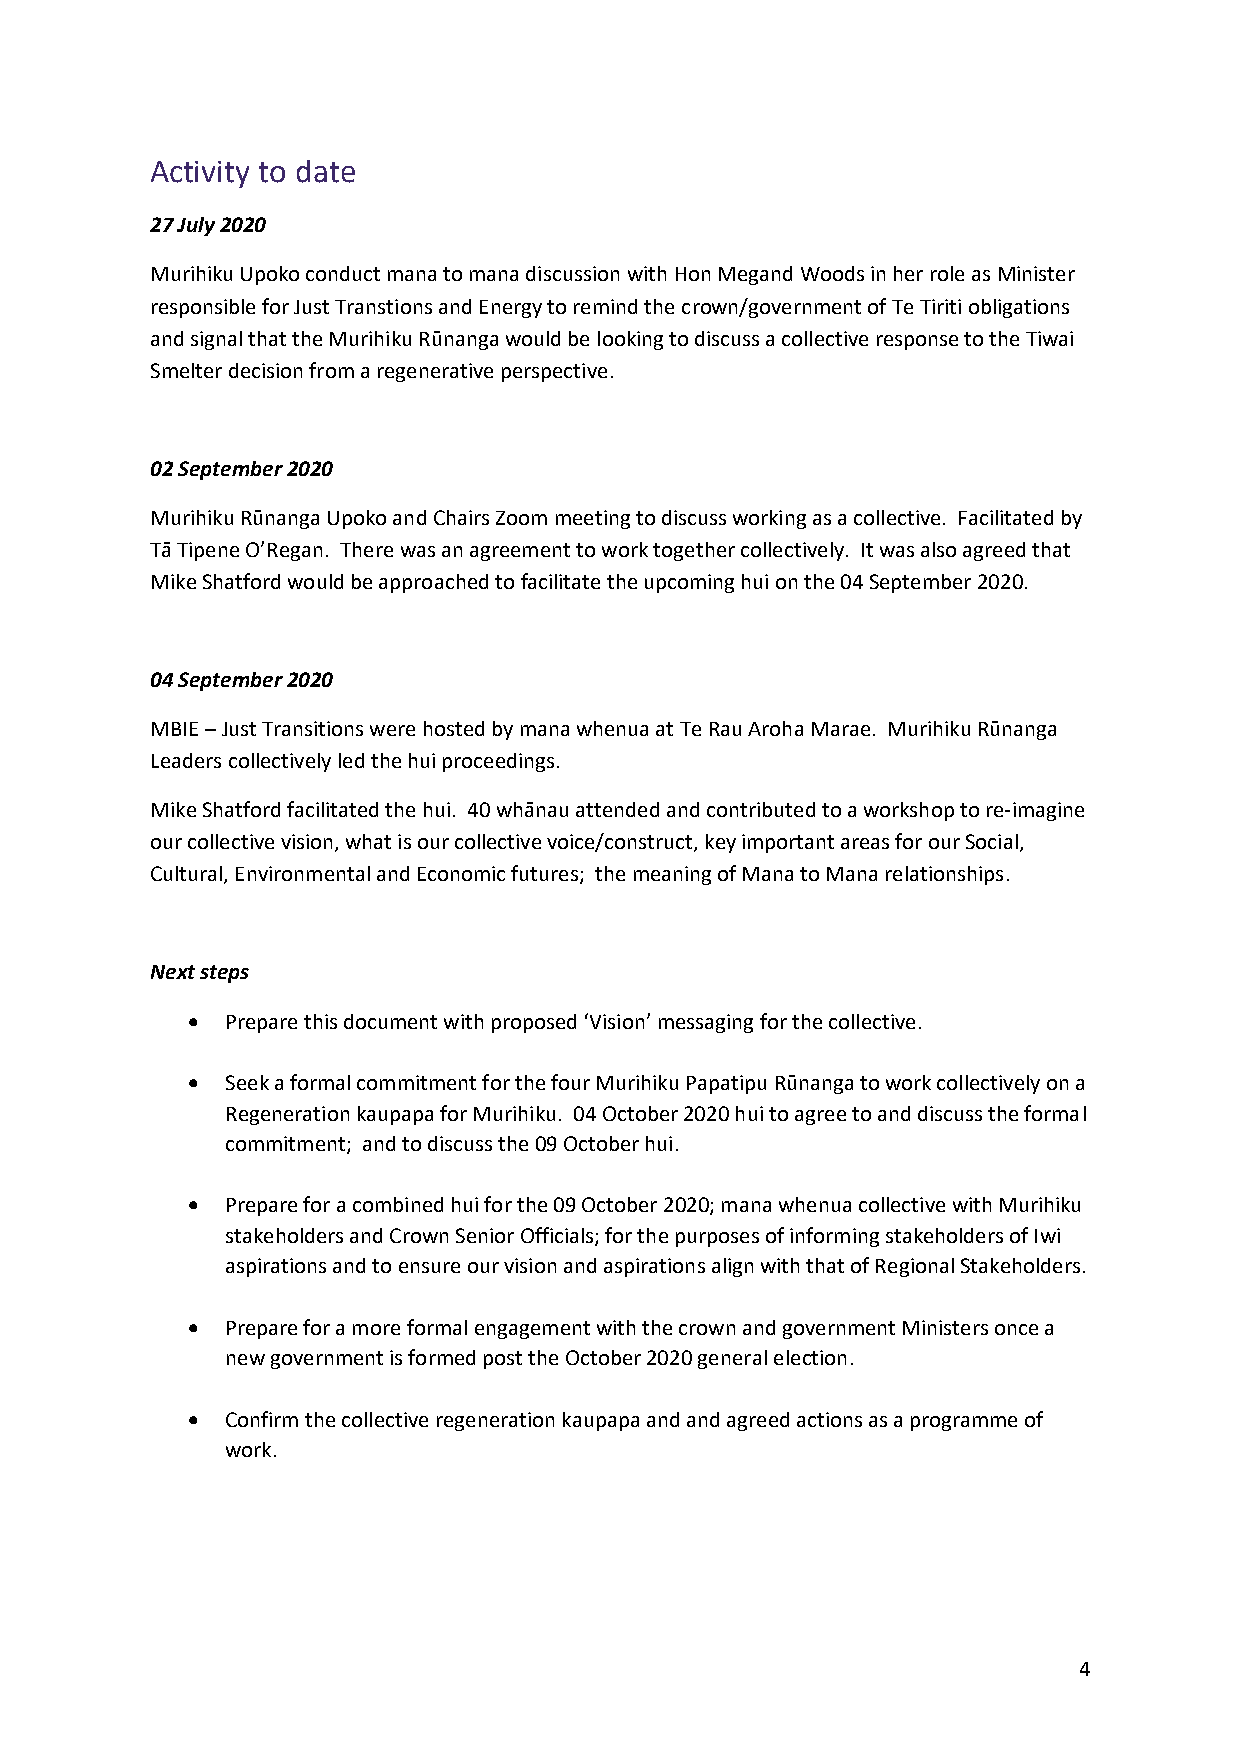
Activity to date
 27 July 2020
 Murihiku Upoko conduct mana to mana discussion with Hon Megand Woods in her role as Minister
 responsible for Just Transtions and Energy to remind the crown/government of Te Tiriti obligations
 and signal that the Murihiku Rūnanga would be looking to discuss a collective response to the Tiwai
 Smelter decision from a regenerative perspective.
 02 September 2020
 Murihiku Rūnanga Upoko and Chairs Zoom meeting to discuss working as a collective. Facilitated by
 Tā Tipene O’Regan. There was an agreement to work together collectively. It was also agreed that
 Mike Shatford would be approached to facilitate the upcoming hui on the 04 September 2020.
 04 September 2020
 MBIE – Just Transitions were hosted by mana whenua at Te Rau Aroha Marae. Murihiku Rūnanga
 Leaders collectively led the hui proceedings.
 Mike Shatford facilitated the hui. 40 whānau attended and contributed to a workshop to re-imagine
 our collective vision, what is our collective voice/construct, key important areas for our Social,
 Cultural, Environmental and Economic futures; the meaning of Mana to Mana relationships.
 Next steps
 •  Prepare this document with proposed ‘Vision’ messaging for the collective.
 •  Seek a formal commitment for the four Murihiku Papatipu Rūnanga to work collectively on a
 Regeneration kaupapa for Murihiku. 04 October 2020 hui to agree to and discuss the formal
 commitment; and to discuss the 09 October hui.
 •  Prepare for a combined hui for the 09 October 2020; mana whenua collective with Murihiku
 stakeholders and Crown Senior Officials; for the purposes of informing stakeholders of Iwi
 aspirations and to ensure our vision and aspirations align with that of Regional Stakeholders.
 •  Prepare for a more formal engagement with the crown and government Ministers once a
 new government is formed post the October 2020 general election.
 •  Confirm the collective regeneration kaupapa and and agreed actions as a programme of
 work.
 4